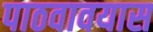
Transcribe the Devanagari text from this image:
पाठवावयास